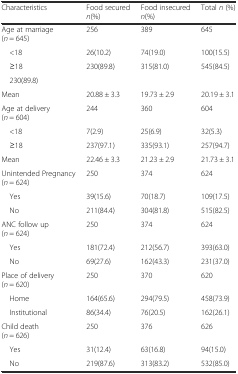
<table><thead><tr><td><b>Characteristics</b></td><td><b>Food secured <i>n</i>(%)</b></td><td><b>Food insecured <i>n</i>(%)</b></td><td><b>Total <i>n</i> (%)</b></td></tr></thead><tbody><tr><td>Age at marriage (<i>n</i> = 645)</td><td>256</td><td>389</td><td>645</td></tr><tr><td> &lt;18</td><td>26(10.2)</td><td>74(19.0)</td><td>100(15.5) </td></tr><tr><td> ≥18</td><td>230(89.8)</td><td>315(81.0)</td><td>545(84.5) </td></tr><tr><td> 230(89.8)</td><td></td><td></td><td></td></tr><tr><td>Mean</td><td>20.88 ± 3.3</td><td>19.73 ± 2.9</td><td>20.19 ± 3.1</td></tr><tr><td>Age at delivery (<i>n</i> = 604)</td><td>244</td><td>360</td><td>604</td></tr><tr><td> &lt;18</td><td>7(2.9)</td><td>25(6.9)</td><td>32(5.3)</td></tr><tr><td> ≥18</td><td>237(97.1)</td><td>335(93.1)</td><td>257(94.7)</td></tr><tr><td>Mean</td><td>22.46 ± 3.3</td><td>21.23 ± 2.9</td><td>21.73 ± 3.1</td></tr><tr><td>Unintended Pregnancy (<i>n</i> = 624)</td><td>250</td><td>374</td><td>624</td></tr><tr><td> Yes</td><td>39(15.6)</td><td>70(18.7)</td><td>109(17.5)</td></tr><tr><td> No</td><td>211(84.4)</td><td>304(81.8)</td><td>515(82.5)</td></tr><tr><td>ANC follow up (<i>n</i> = 624)</td><td>250</td><td>374</td><td>624</td></tr><tr><td> Yes</td><td>181(72.4)</td><td>212(56.7)</td><td>393(63.0)</td></tr><tr><td> No</td><td>69(27.6)</td><td>162(43.3)</td><td>231(37.0)</td></tr><tr><td>Place of delivery (<i>n</i> = 620)</td><td>250</td><td>370</td><td>620</td></tr><tr><td> Home</td><td>164(65.6)</td><td>294(79.5)</td><td>458(73.9)</td></tr><tr><td> Institutional</td><td>86(34.4)</td><td>76(20.5)</td><td>162(26.1)</td></tr><tr><td>Child death (<i>n</i> = 626)</td><td>250</td><td>376</td><td>626</td></tr><tr><td> Yes</td><td>31(12.4)</td><td>63(16.8)</td><td>94(15.0)</td></tr><tr><td> No</td><td>219(87.6)</td><td>313(83.2)</td><td>532(85.0)</td></tr></tbody></table>